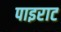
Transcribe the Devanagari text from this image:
पाइराट